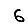
Digit: 6